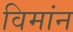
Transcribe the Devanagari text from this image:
विमांन